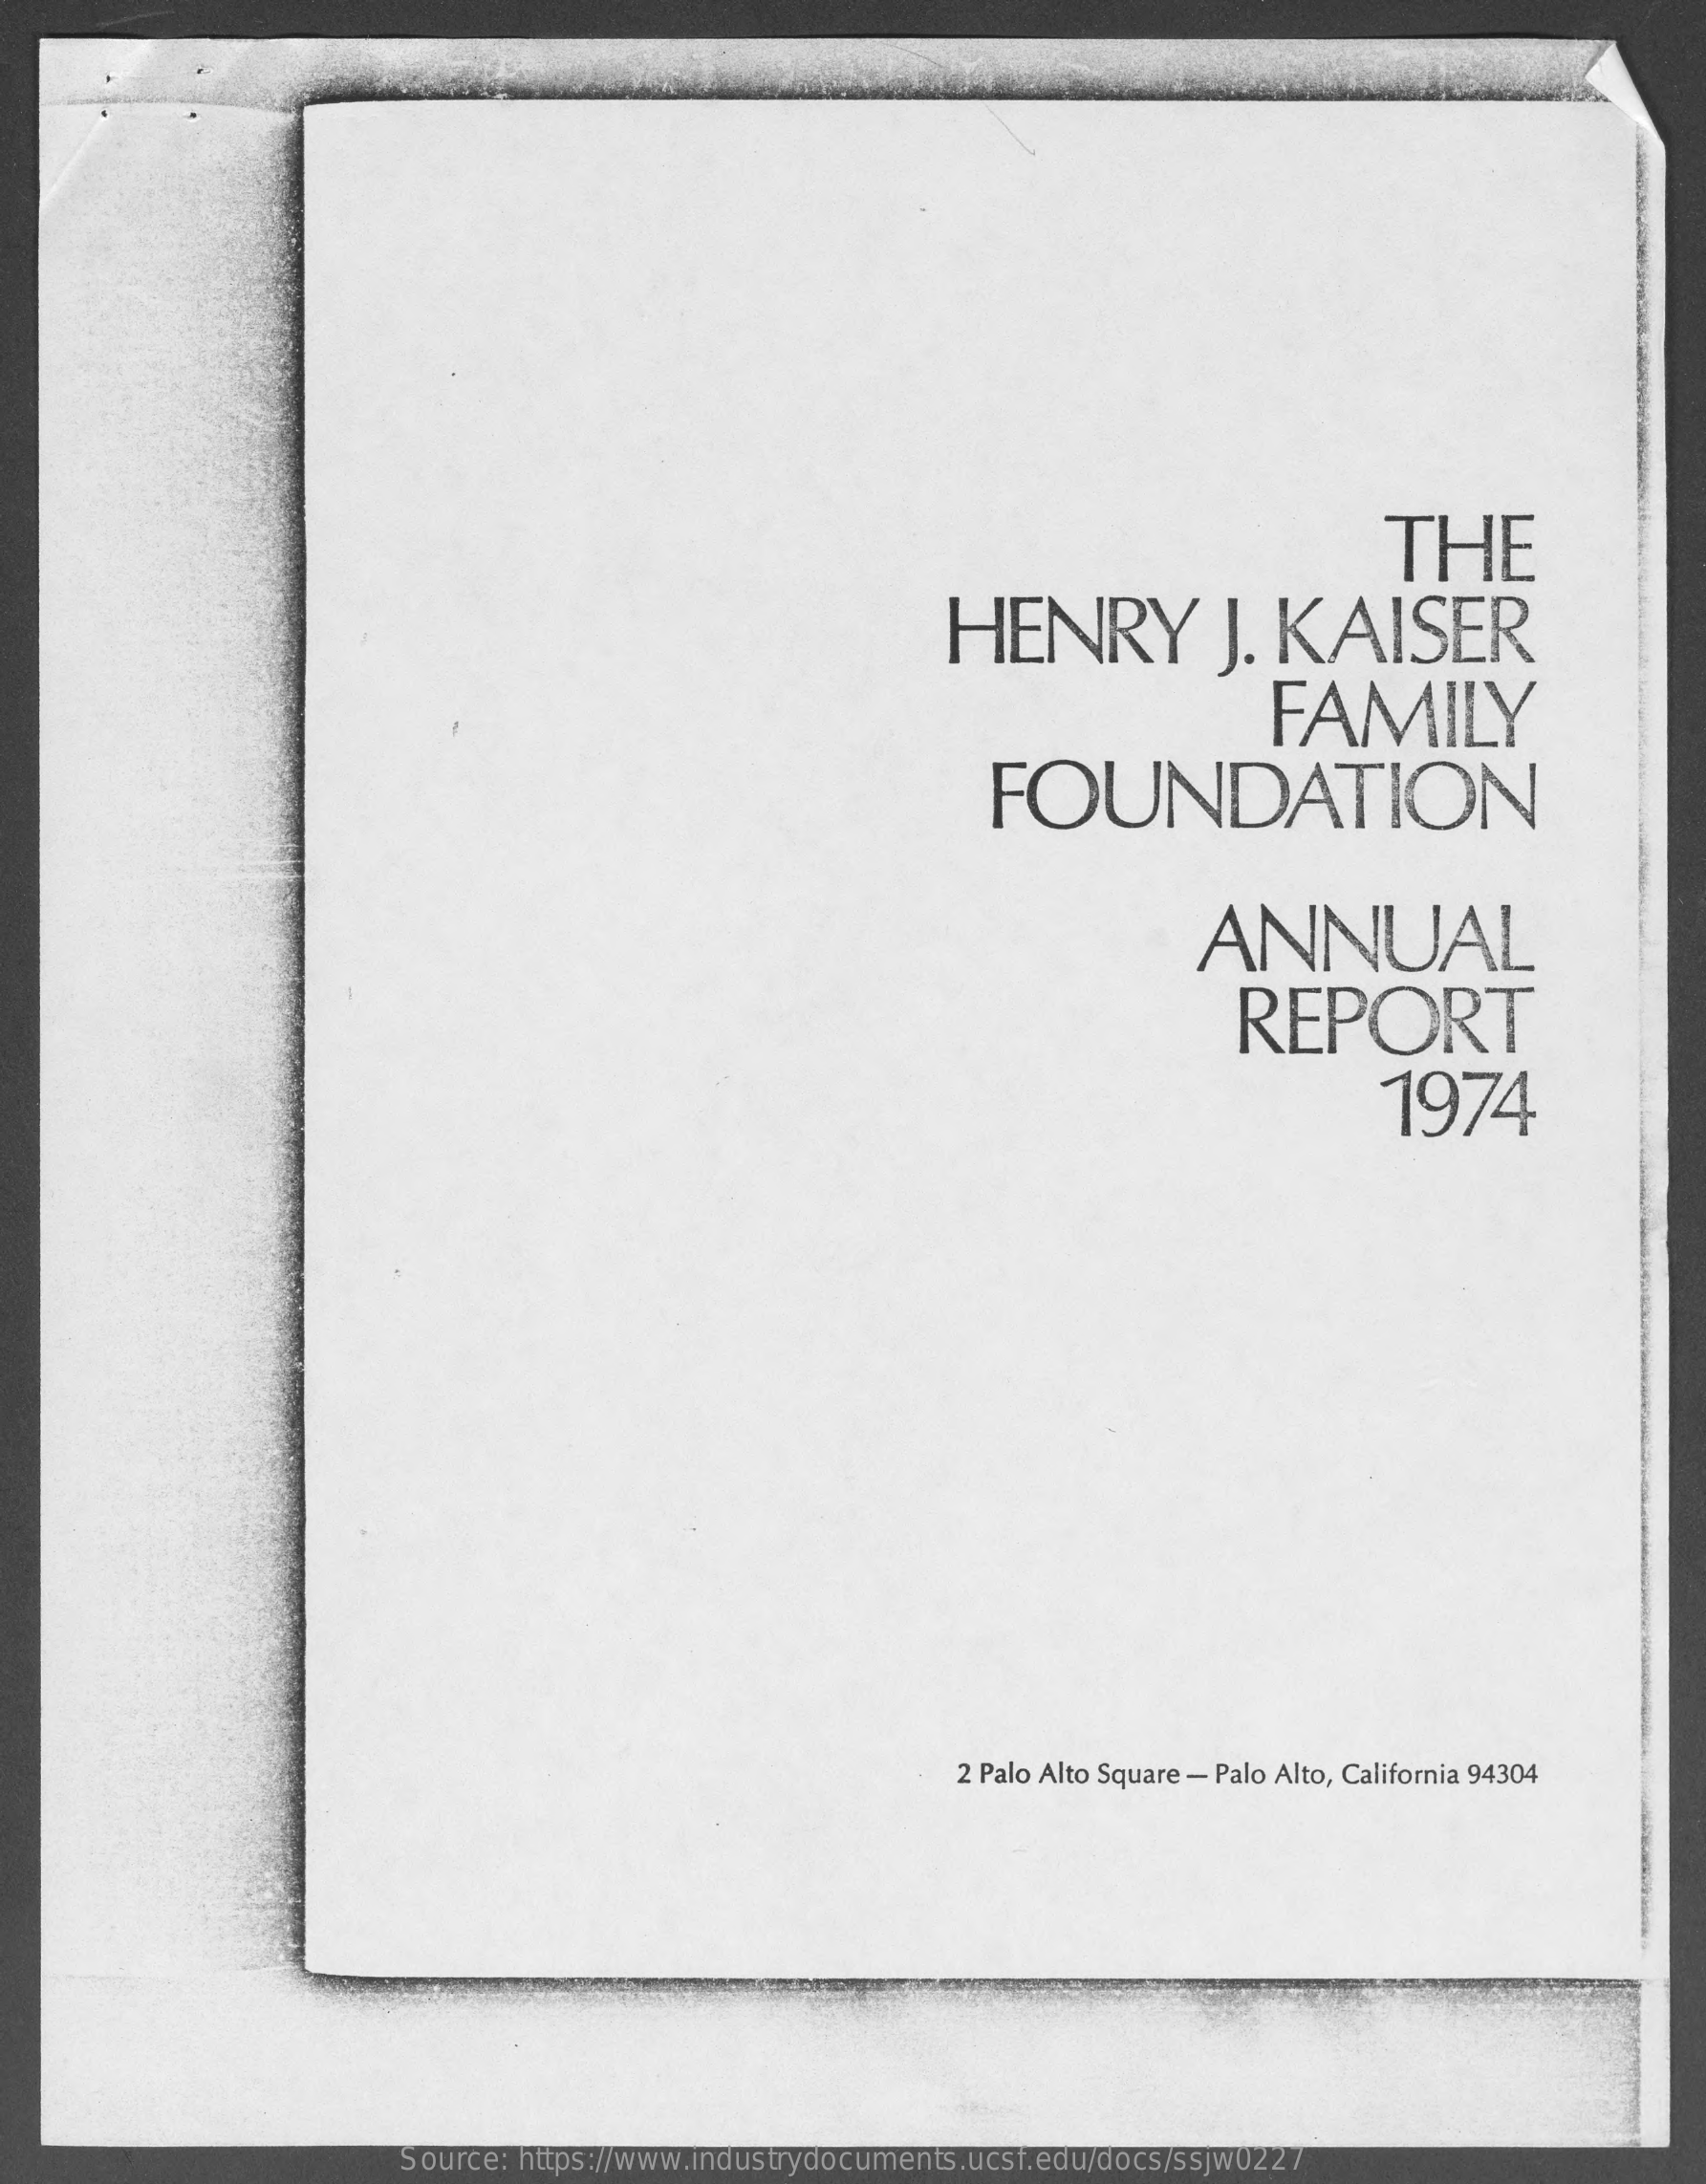
THE
     HENRY    J.  KAISER
     FAMILY
     FOUNDATION
     ANNUAL
     REPORT
     1974
     2 Palo Alto Square - Palo Alto, California 94304
     Source: https://www.industrydocuments.ucsf.edu/docs/ssjw0227